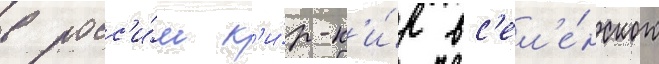
в росс'и́и к'и́р-к'и́р вс'ел'е́нского